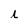
Character: L